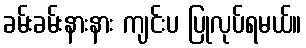
ခမ်းခမ်းနားနား ကျင်းပ ပြုလုပ်ရမယ်။